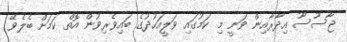
ޖާސޫސޫ އިދާރާއިން ވަނީ މި ކަމުގައި ވަލީއަހުދުގެ ބައިވެރިވުން އޮތް ކަމަށް ބެލެވޭ